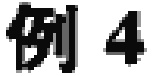
例4